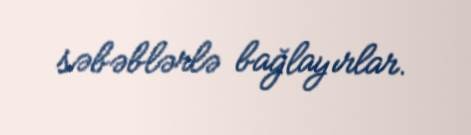
səbəblərlə bağlayırlar.